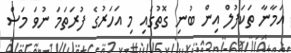
އަމާނާ ތަކަފުލް އިން ބުނި ގޮތުގައި މި އަހަރުގެ ފުރަތަަމަ ނުވަ މަސް